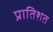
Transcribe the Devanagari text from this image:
प्रातिशत